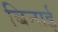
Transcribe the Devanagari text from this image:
बिनाई